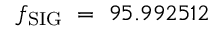
f _ { \mathrm { S I G } } ~ = ~ 9 5 . 9 9 2 5 1 2